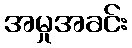
အမှုအခင်း